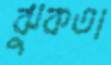
ঝুকতা